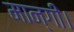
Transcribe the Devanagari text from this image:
मान्गी।